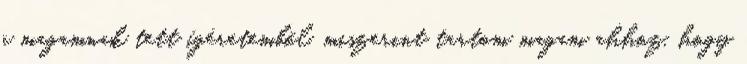
a magamnak tett ígéretemből, miszerint tartom magam ahhoz, hogy